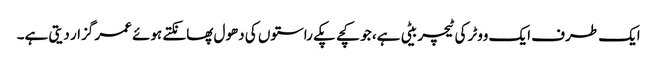
ایک طرف ایک ووٹر کی ٹیچر بیٹی ہے، جو کچے پکے راستوں کی دھول پھانکتے ہوئے عمر گزار دیتی ہے۔